Annual report on the working of the Harcourt Butler Institute of Public Health, Rangoon
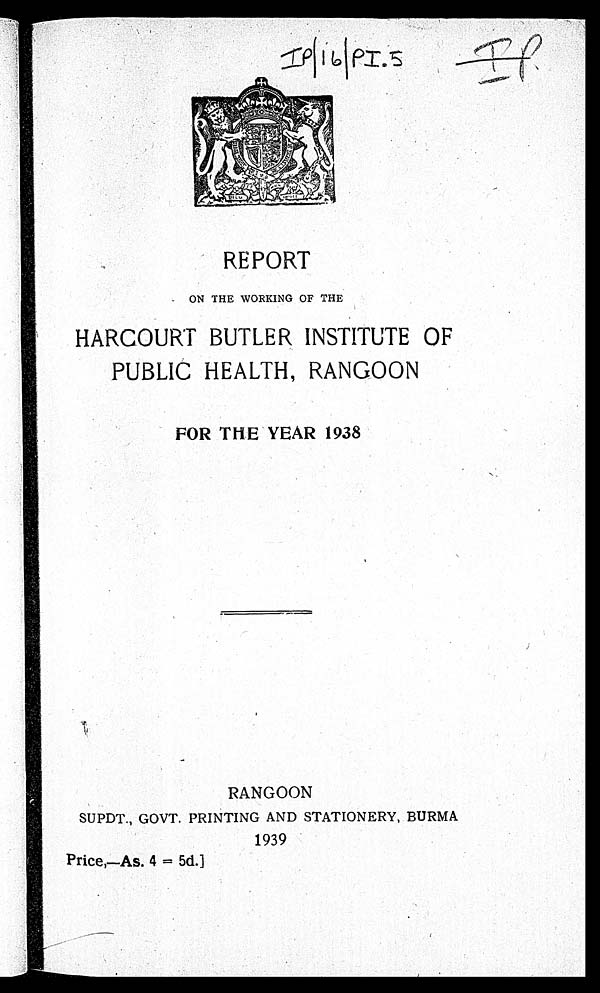
REPORT
ON THE WORKING OF THE
HARCOURT BUTLER INSTITUTE OF
PUBLIC HEALTH, RANGOON
FOR THE YEAR 1938
RANGOON
SUPDT.. GOVT. PRINTING AND STATIONERY, BURMA
1939
Price,—As. 4 = 5d.]